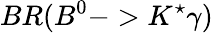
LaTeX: BR(B^{0}->K^{\star}\gamma)